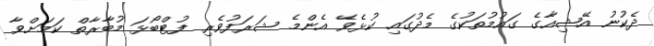
ދެކުނު އޭޝިއާގެ ގައުމުތަކުގެ މެދުގައި ކުޅެވޭ އެންމެ ޝަރަފުވެރި ފުޓްބޯޅަ މުބާރާތް ކަމަށްވާ